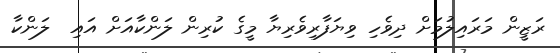
ރަޒީން މަރައިލުމަށް ދިވެހި ވިޔަފާރިވެރިޔާ މީގެ ކުރިން ލަންކާއަށް އައި  ލަންކާ